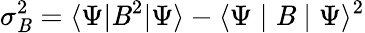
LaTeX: \sigma_{\mathit{B}}^{2}=\langle\Psi|\mathit{B}^{2}|\Psi\rangle-\langle\Psi\mid\mathit{B}\mid\Psi\rangle^{2}